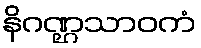
နိဂဏ္ဌသာဝကံ